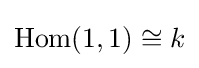
\mathrm {Hom} (1,1)\cong k